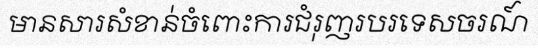
មានសារសំខាន់ចំពោះការជំរុញរបរទេសចរណ៍